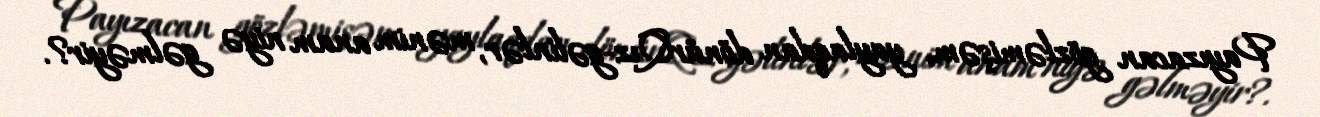
Payızacan gözləmişəm, yaylaqdan dönürQız-gəlinlər, mənim anam niyə gəlməyir?.